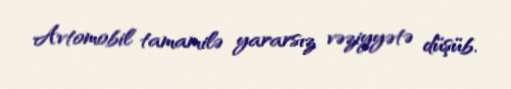
Avtomobil tamamilə yararsız vəziyyətə düşüb.